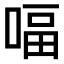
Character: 𠸢